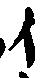
イ